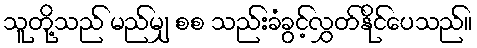
သူတို့သည် မည်မျှ စစ သည်းခံခွင့်လွှတ်နိုင်ပေသည်။